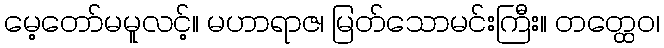
မေ့တော်မမူလင့်။ မဟာရာဇ၊ မြတ်သောမင်းကြီး။ တတ္ထေဝ၊